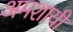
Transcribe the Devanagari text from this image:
अमशायी